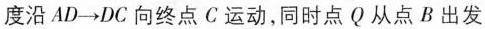
度沿AD \to DC向终点C运动，同时点Q从点B出发